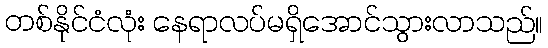
တစ်နိုင်ငံလုံး နေရာလပ်မရှိအောင်သွားလာသည်။